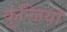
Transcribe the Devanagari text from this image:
कुन्जियाॅ